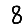
Digit: 8